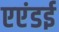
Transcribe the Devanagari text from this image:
एएंडई